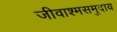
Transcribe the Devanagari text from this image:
जीवाश्मसमुदाय